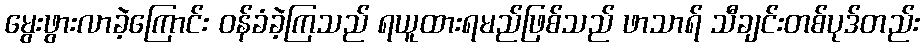
မွေးဖွားလာခဲ့ကြောင်း ဝန်ခံခဲ့ကြသည် ရယူထားရမည်ဖြစ်သည် ဖာသာရ် သီချင်းတစ်ပုဒ်တည်း